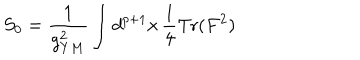
S _ { 0 } = { \frac { 1 } { g _ { Y M } ^ { 2 } } } \int d ^ { p + 1 } x \, { \frac { 1 } { 4 } } \mathrm { T r } ( F ^ { 2 } )